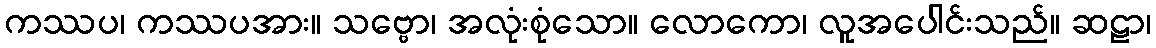
ကဿပ၊ ကဿပအား။ သဗ္ဗော၊ အလုံးစုံသော။ လောကော၊ လူအပေါင်းသည်။ ဆဠာ၊